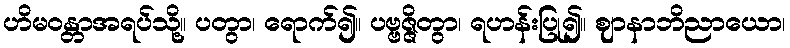
ဟိမဝန္တာအရပ်သို့။ ပတွာ၊ ရောက်၍။ ပဗ္ဗဇ္ဇိတွာ၊ ရဟန်းပြု၍။ ဈာနာဘိညာယော၊